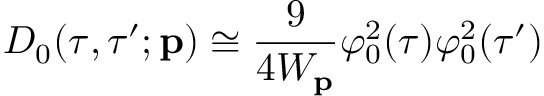
D _ { 0 } ( \tau , \tau ^ { \prime } ; { \bf p } ) \cong { \frac { 9 } { 4 W _ { \bf p } } } \varphi _ { 0 } ^ { 2 } ( \tau ) \varphi _ { 0 } ^ { 2 } ( \tau ^ { \prime } )